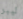
ليبر